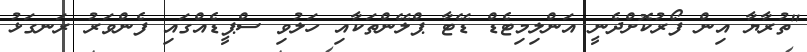
"ތުރާޔާ އިން ފޯރުކޮށްދެނީ އަންލިމިޓެޑް ޑޭޓާ ޕްލޭންތަކާއި ހަލުވި ސްޕީޑެއްގައި ފެންވަރު ރަނގަޅު